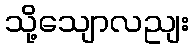
သို့သျောလညျး